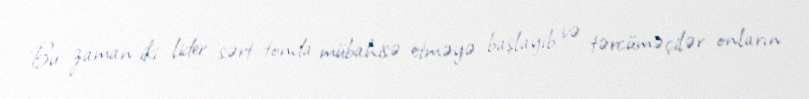
Bu zaman iki lider sərt tonda mübahisə etməyə başlayıb və tərcüməçilər onların